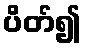
ပိတ်၍